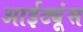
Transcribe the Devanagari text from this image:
आईट्यूंस